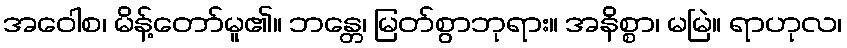
အဝေါစ၊ မိန့်တော်မူ၏။ ဘန္တေ၊ မြတ်စွာဘုရား။ အနိစ္စာ၊ မမြဲ။ ရာဟုလ၊